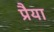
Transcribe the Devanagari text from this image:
प्रैया